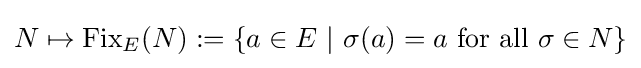
N\mapsto {\text{Fix}}_{E}(N):=\{a\in E~|~\sigma (a)=a{\text{ for all }}\sigma \in N\}